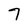
Character: 7